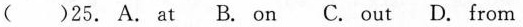
( )25. A.At B. On C. Out D. From